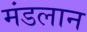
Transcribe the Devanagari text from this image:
मंडलान